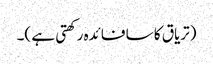
(تریاق کا سا فائدہ رکھتی ہے )۔